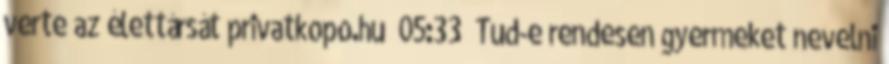
verte az élettársát privatkopo.hu 05:33 Tud-e rendesen gyermeket nevelni